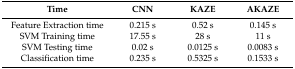
| Time | CNN | KAZE | AKAZE |
 | --- | --- | --- | --- |
 | Feature Extraction time | 0.215 s | 0.52 s | 0.145 s |
 | SVM Training time | 17.55 s | 28 s | 11 s |
 | SVM Testing time | 0.02 s | 0.0125 s | 0.0083 s |
 | Classification time | 0.235 s | 0.5325 s | 0.1533 s |